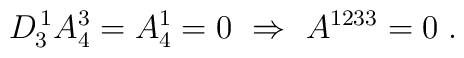
D_3^{\, 1}A^3_4 = A^1_4 = 0 \ \Rightarrow \ A^{1233} = 0\;.